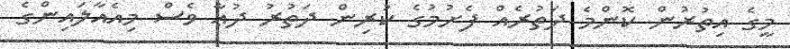
މީގެ އިތުރުން ކޮންމެ ދަތުރެއް ފެށުމުގެ ކުރިން ދަތުރު ދުޢާ ވެސް މިއެއާލައިންގެ